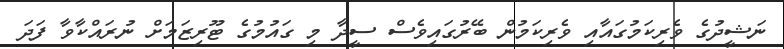
ނަޝީދުގެ ވެރިކަމުގައާއި ވެރިކަމުން ބޭރުގައިވެސް ސީދާ މި ގައުމުގެ ޓޫރިޒަމަށް ނުރައްކާވާ ފަދަ